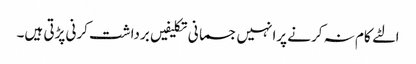
الٹے کام نہ کرنے پرانہیں جسمانی تکلیفیں برداشت کرنی پڑتی ہیں۔